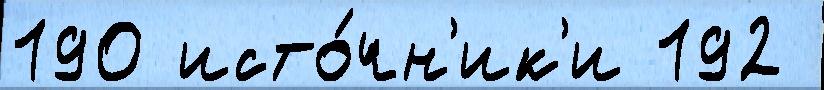
190 исто́чн'ик'и 192